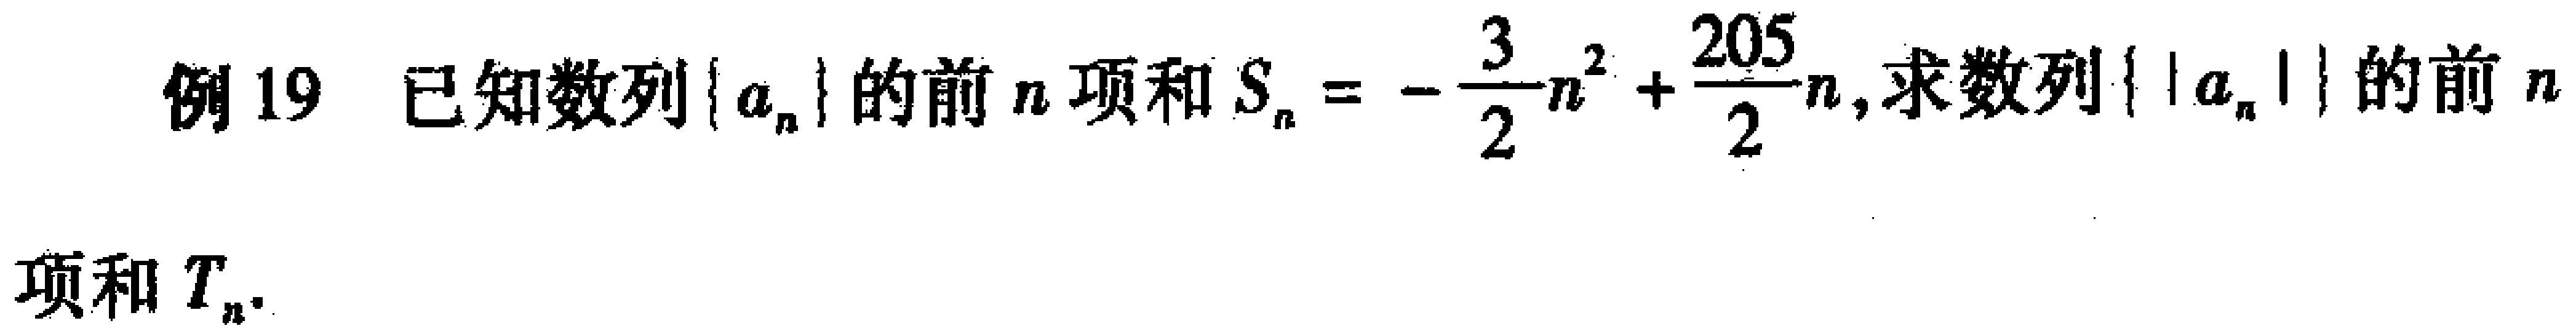
例19 已知数列\(\{ a_{n}\}\)的前\(n\)项和\(S_{n}=-\frac{3}{2}n^{2}+\frac{205}{2}n\),求数列\(\{ |a_{n}|\}\)的前\(n\)项和\(T_{n}\).